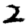
Digit: 2